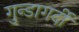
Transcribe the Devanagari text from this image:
गुन्डागर्दी